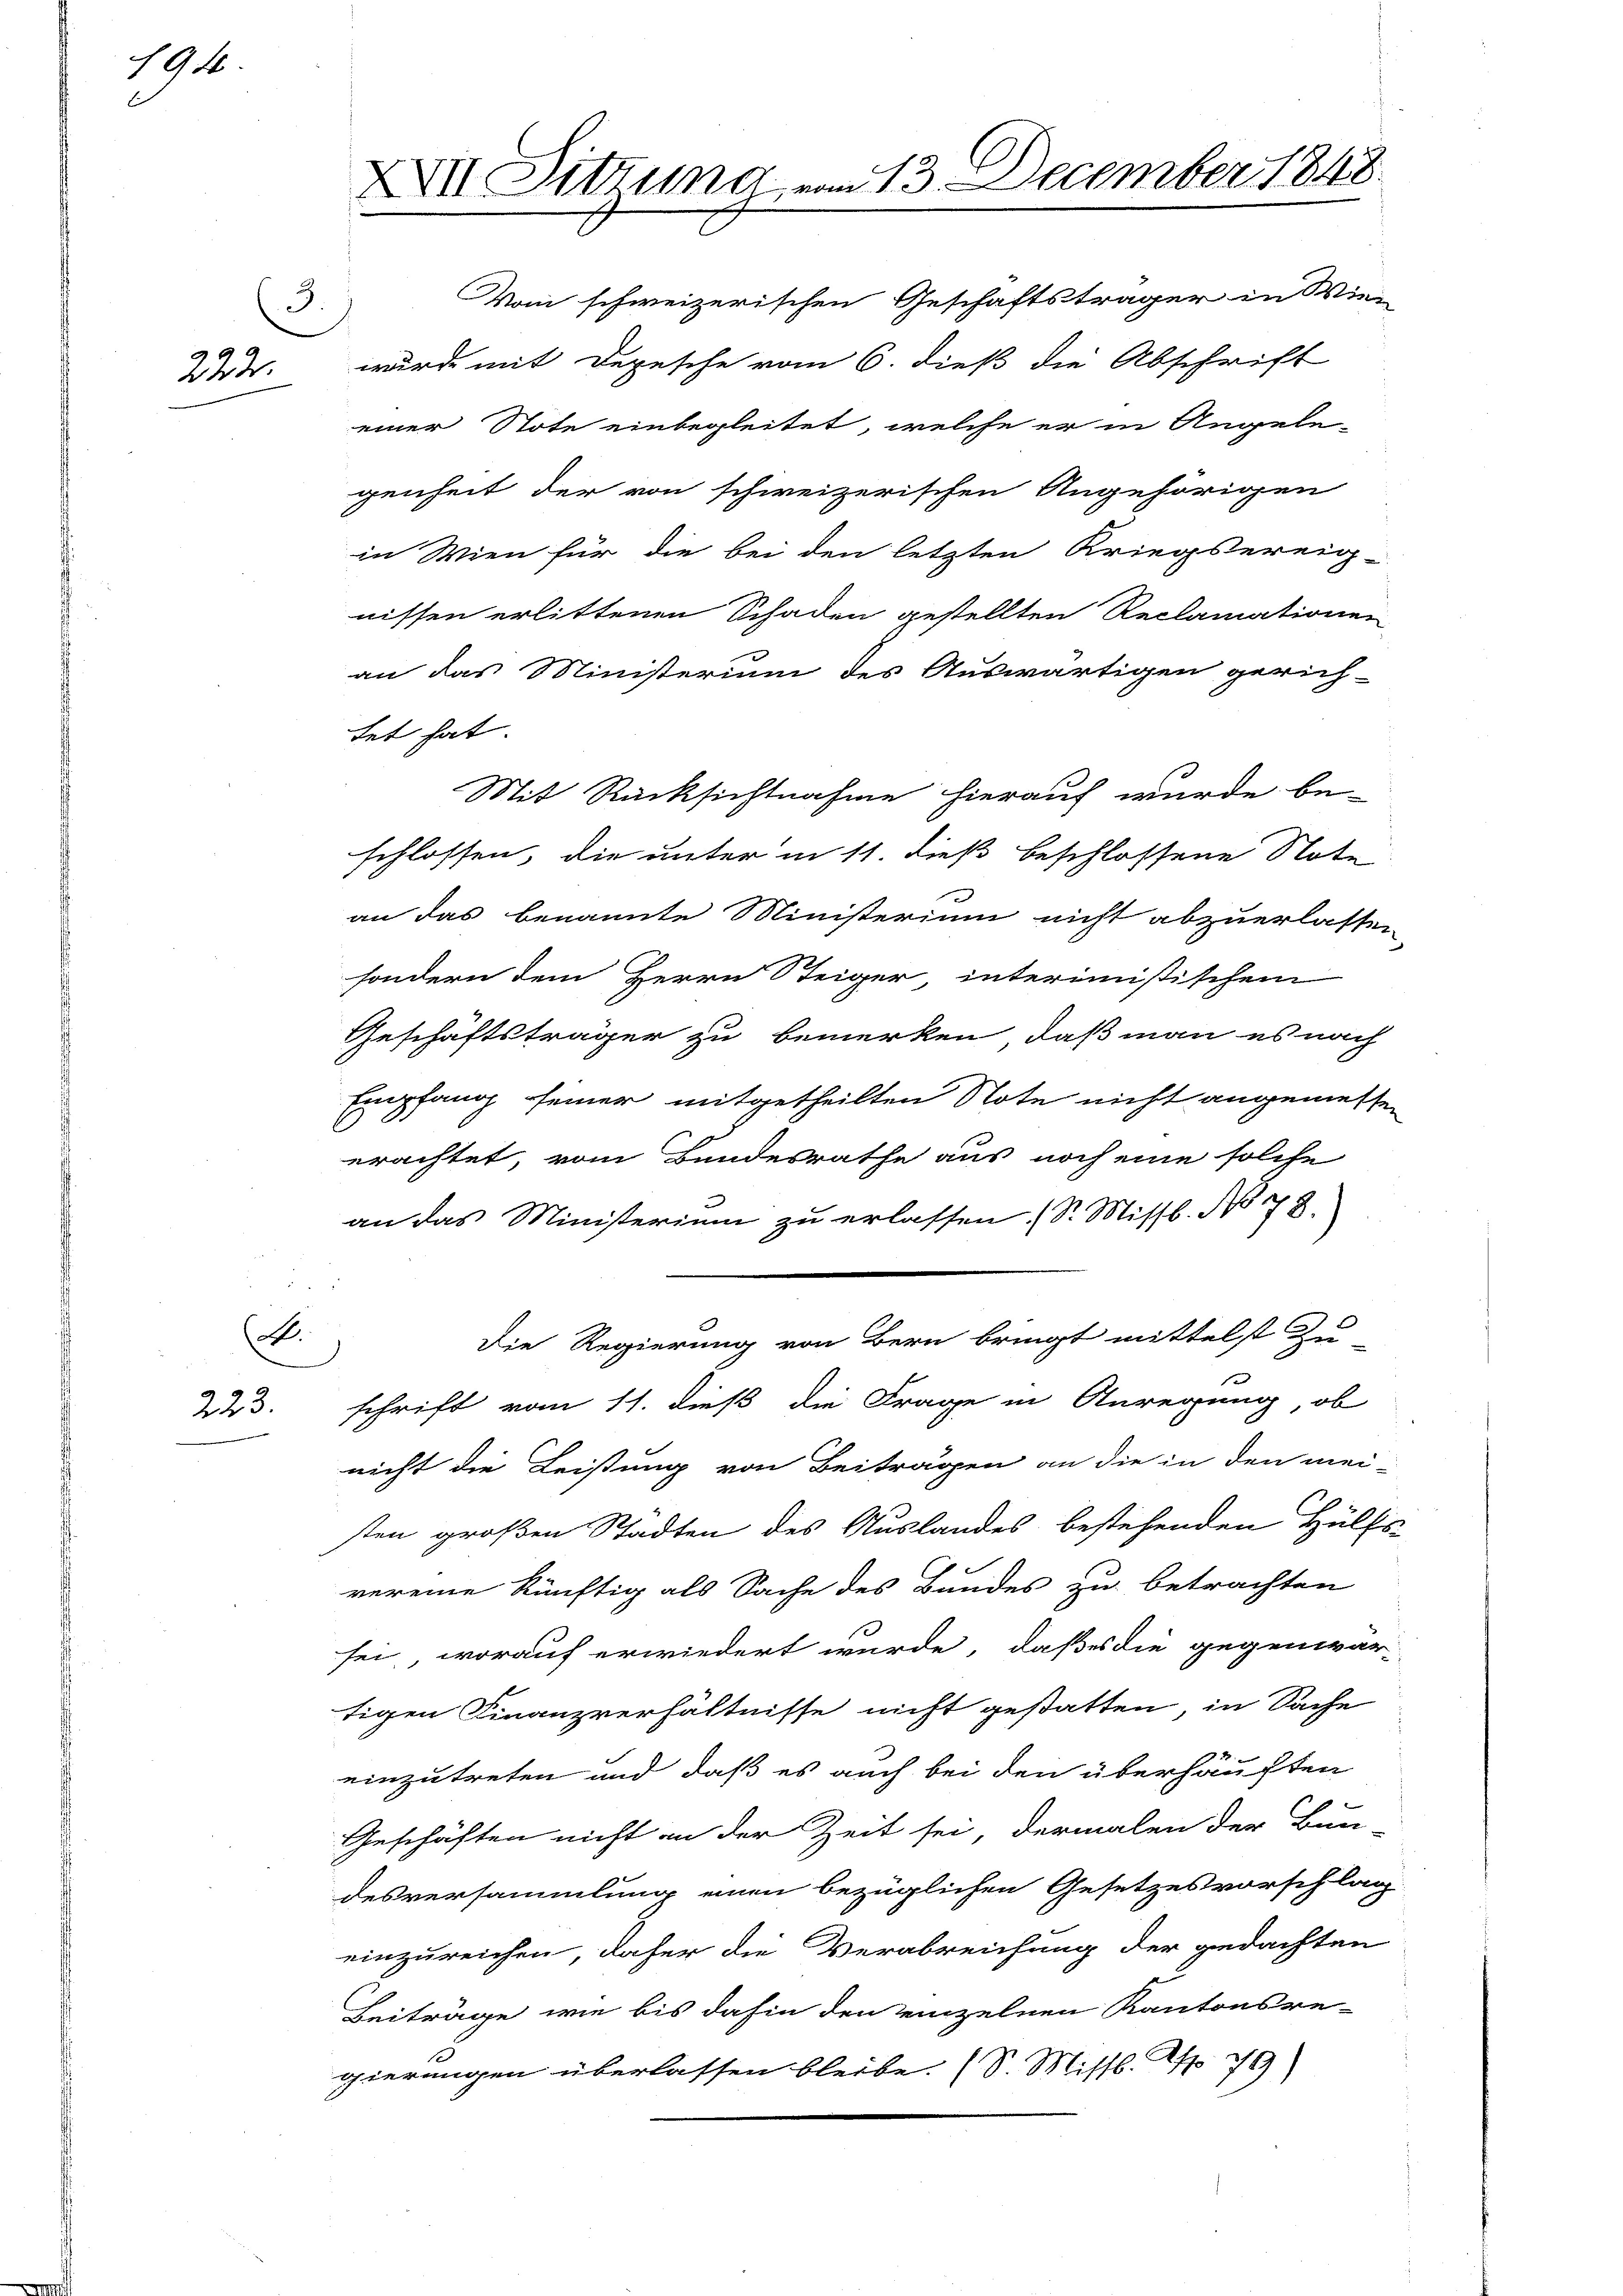
194

222.

A.
223.

3.

XXVII Sitzung vom 13. December 1848.

Vom schweizerischen Geschäftsträger in Wie-
wurde mit Depesche vom 6. dieß die Abschrift
einer Note einbegleitet, welche er in Angele-
genheit der von schweizerischen Angehörigen
in Wien für die bei den letzten Kriegsereig-
nissen erlittenen Schaden gestellten Reclamationen
an das Ministerium des Auswärtigen gerich-
tet hat.
Mit Rücksichtnahme hierauf wurde be-
schlossen, die unter in 11. dieß beschlossene Note
an das benannte Ministerium nicht abzuerlassen
sondern dem Herrn Steiger interimistischem
Geschäftsträger zu bemerken, daß man es nach
Empfang seiner mitgetheilten Note nicht angemesse
erachtet, vom Bundesrathe aus noch eine solche
an das Ministerium zu erlassen (S. Missb. No 78.
Die Regierung von Bern bringt mittelst Zu-
schrift vom 11. dieß die Frage in Anregung, ob
nicht die Leistung von Beiträgen an die in den mei-
sten großen Stadten des Auslandes bestehenden Hülfs-
vereine künftig als Sache des Bundes zu betrachten
sei, worauf erwiedert wurde, daß es die gegenwär-
tigen Finanzverhältnisse nicht gestatten, in Sache
einzutreten und daß es auch bei den überhäuften
Geschäften nicht an der Zeit sei, dermalen der Bun-
desversammlung einen bezüglichen Gesetzesvorschlag
einzureichen, daher die Verabreichung der gedachten
Beiträge wie bis dahin den einzelnen Kantonsre-
1
gierungen überlassen bleibe. (S. Missb. Nr. 79)

u